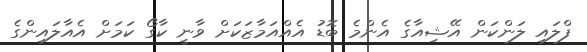
ފްލައި ލަންކަން އޭޝިއާގެ އެންމެ ބޮޑު އެއްއަމާޒަކަށް ވާނީ ކާގޯ ކަމަށް އެއާލައިންގެ